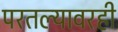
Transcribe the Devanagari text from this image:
परतल्यावरही